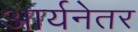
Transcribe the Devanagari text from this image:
आर्यनेतर